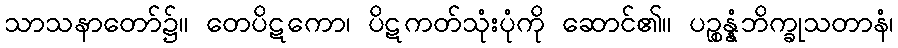
သာသနာတော်၌။ တေပိဋကော၊ ပိဋကတ်သုံးပုံကို ဆောင်၏။ ပဉ္စန္နံဘိက္ခုသတာနံ၊